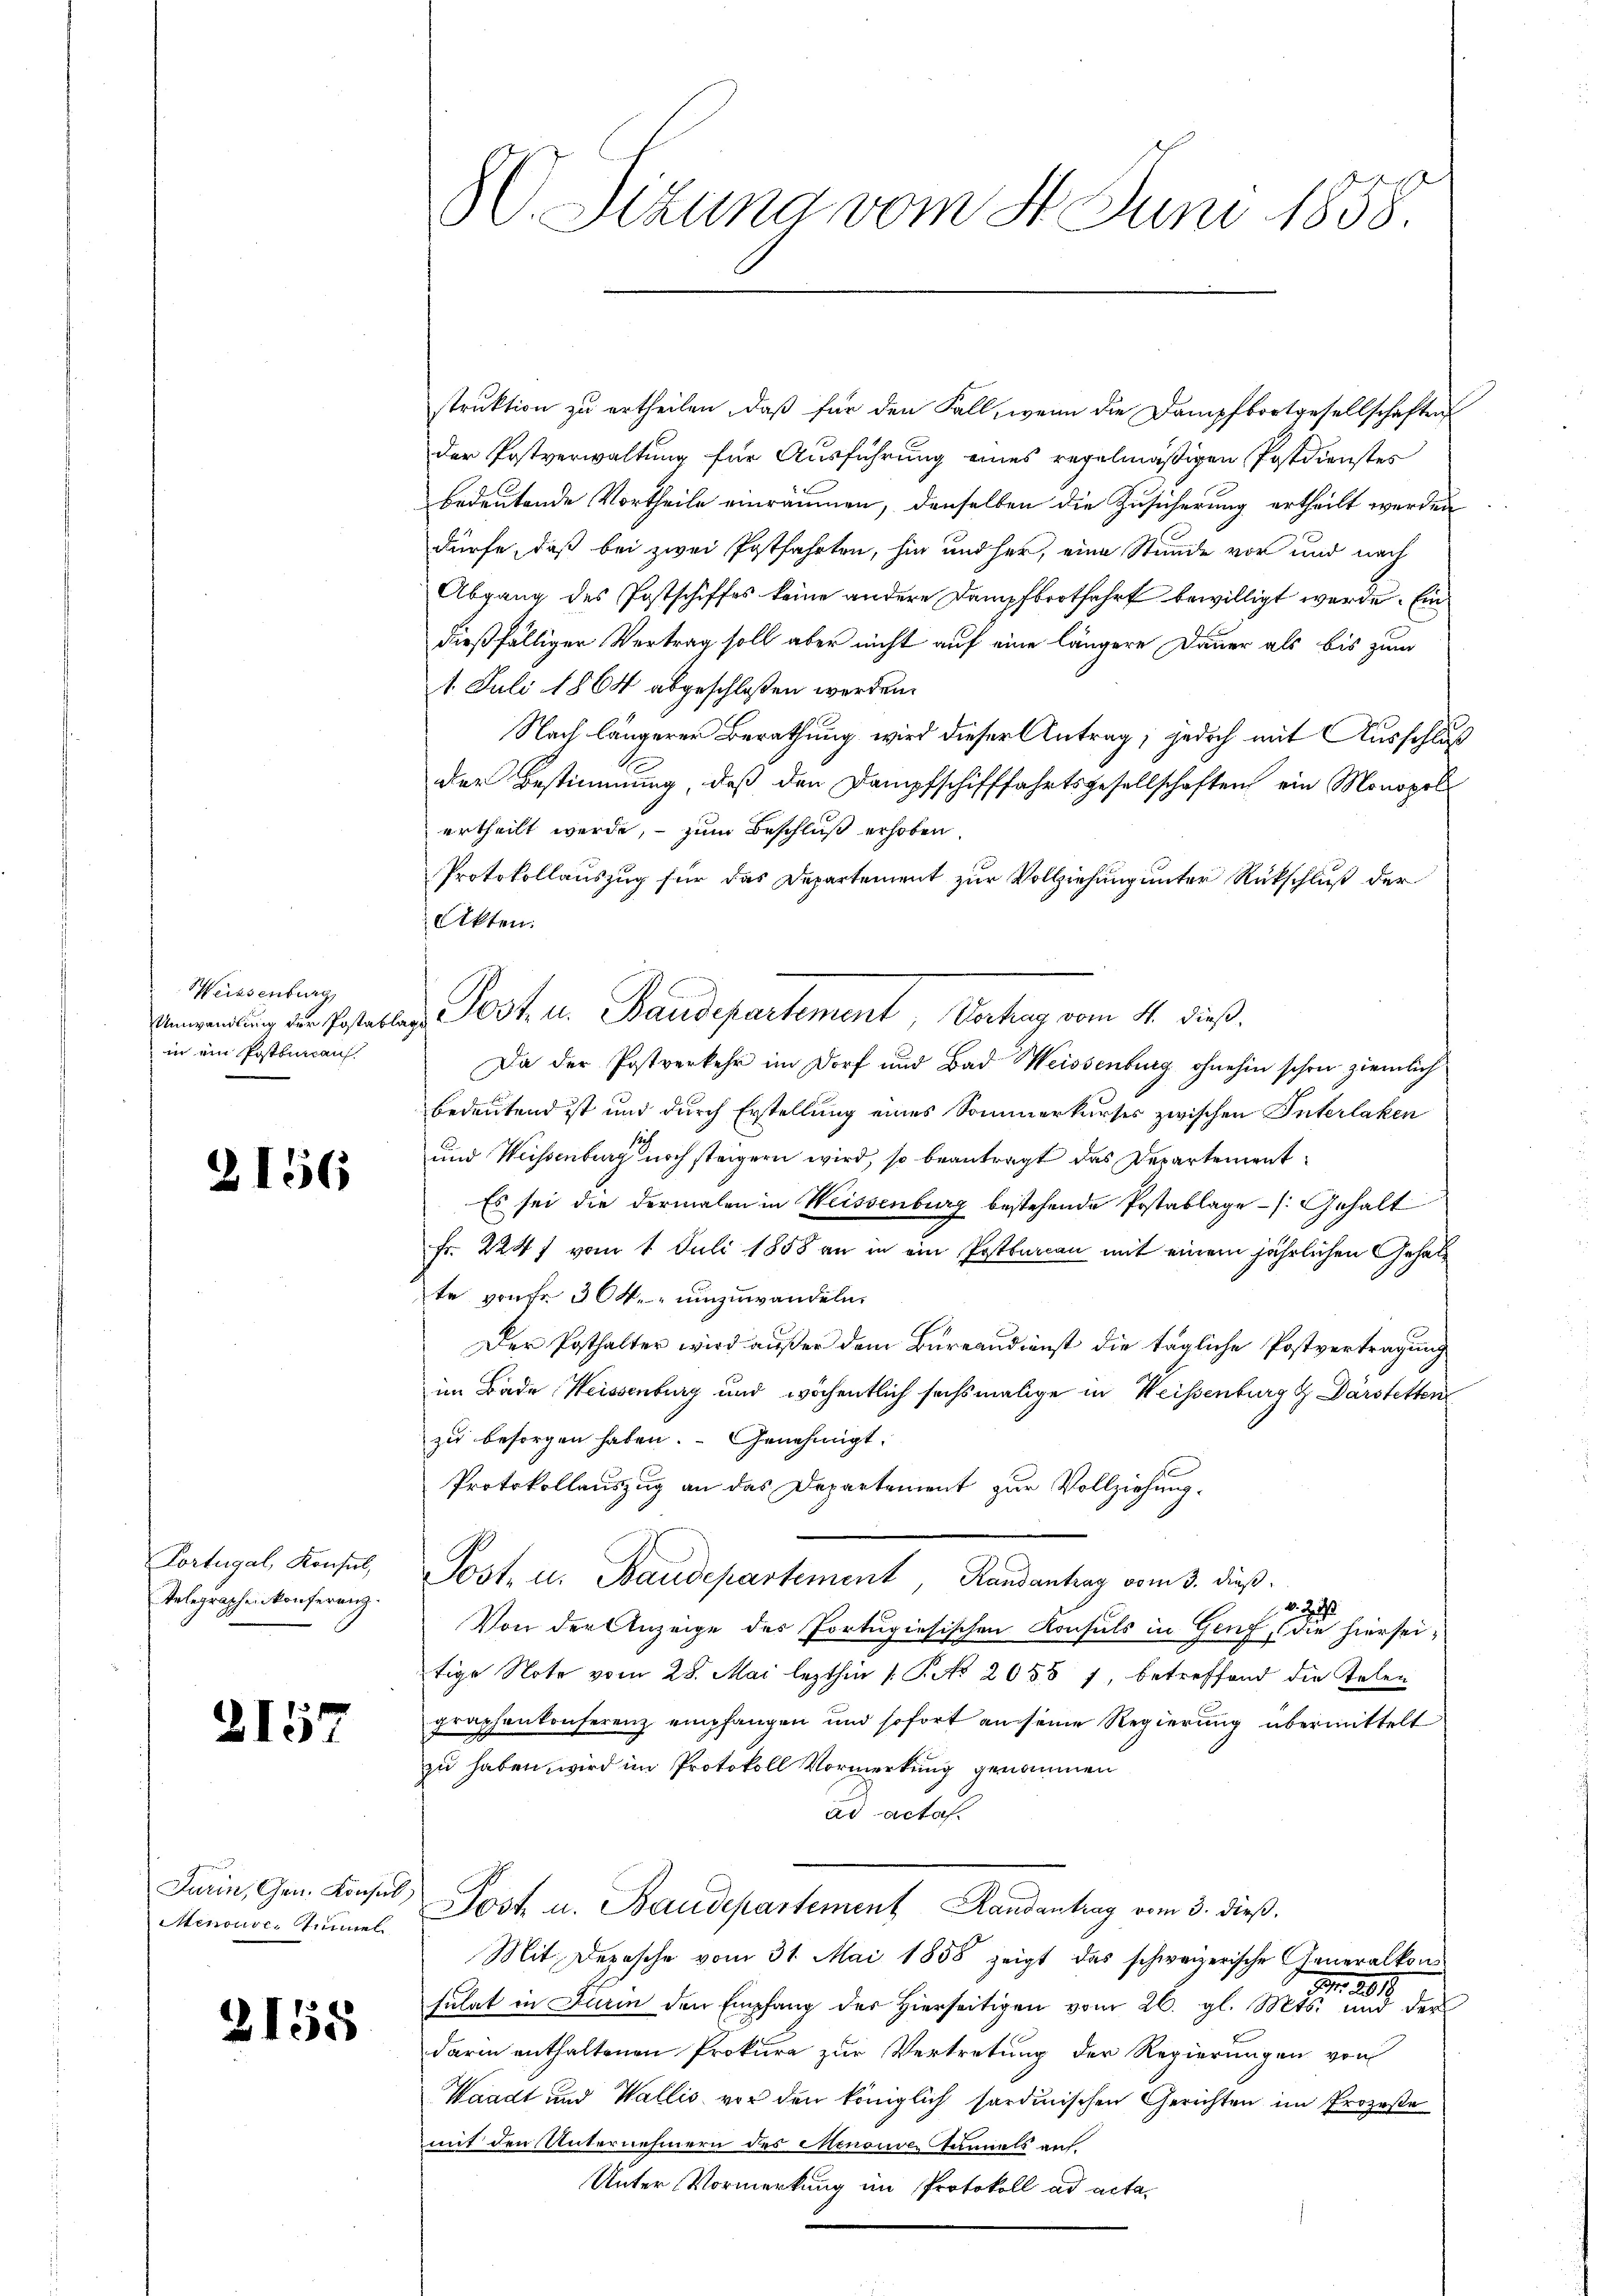
Weisenburg
Umwandlung der Postat
in ein Postbureau

2156

Portugal, Konsul,
Telegraphenkonferenz.

2157

Furin, Gen. Konsul,
Menouve, Zimmel

2155

80. Sizung vom 4. Juni 1858.

e Post in Standesartement, Vertrag vom 11. dieß.

struktion zu ertheilen, daß für den Fall, wenn die Dampfbortgesellschaften
der Postverwaltung für Ausführung eines regelmäßigen Postdienstes
bedeutende Vortheile einräumen, denselben die Zusicherung ertheilt werden
dürfe, daß bei zwei Postfahrten, hier und her, eine Stunde vor und nach
Abgang des Postschiffes keine andere Dampfbootfahrt bewilligt werde. Ein
dießfälliger Vertrag soll aber nicht auf eine längere Dauer als bis zum
1. Juli 1864 abgeschlossen werden.
Nach längerer Berathung wird dieser Antrag; jedoch mit Ausschluß
der Bestimmung, daβ den Dampfschifffahrtsgesellschaften ein Monopol
ertheilt werde, – zum Beschluß erhoben
Protokollauszug für das Departement zur Vollziehung unter Rückschluß der
Akten.
Da der Postverkehr im Dorf und Bad Weissenburg ohnehin schon ziemlich
bedeutend ist und durch Erstellung eines Sommerkurses zwischen Interlaken
und Weissenburg noch steigern wird, so beantragt das Departement¬
Es sei die dermalen in Weissenburg bestehende Postablage - (: Gehalt
Fr. 224 f vom 1. Juli 1858 an in ein Postbaren mit einem jährlichen Gehalte von Fr. 304. umzuwandeln.
Der Posthalter wird außer dem Bureaudienst die tägliche Postvertragung
im Bade, Weissenburg und wöchentlich sechsmalige in Weissenburg & Darstetten
zu besorgen haben. Genehmigt.
Protokollauszug an das Departement zur Vollziehung.
Post- u. Baudepartement, Randantrag vom 3. dieß.
v. 29
Von der Anzeige des Portugisischen Konsuls in Genf, (die hierseitige Note vom 28. Mai lezthin /: P. Nr. 2058 7 betreffend die Kolen
graphentenferenz empfangen und sofort an seine Regierung übermittelt
zu haben wird im Protokoll Vormerkung genommen
ad actaf
Jost u. Baudepartement Landantrag vom 3. dieß.
Mit Depesche vom 31. Mai 1858 zeigt das schweizerische Generalkon-
M. 281.
suhat in Furin den Empfang des hierseitigen vom 26. gl. Mts. und der
darin enthaltenen Prokura zur Vertretung der Regierungen von
Waadt und Wallis vor den königlich sardinischen Gerichten im Prozeße
mit den Unternehmern des Menouve Tunnels auf.
Unter Vormerkung im Protokoll ad acta-